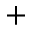
+